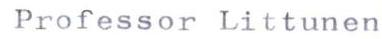
Professor Littunen